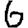
Digit: 6